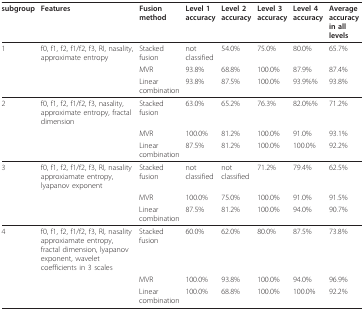
| subgroup | Features | Fusion method | Level 1 accuracy | Level 2 accuracy | Level 3 accuracy | Level 4 accuracy | Average accuracy in all levels |
 | --- | --- | --- | --- | --- | --- | --- | --- |
 | 1 | f0, f1, f2, f1/f2, f3, RI, nasality, approximate entropy | Stacked fusion | notclassified | 54.0% | 75.0% | 80.0% | 65.7% |
 |  |  | MVR | 93.8% | 68.8% | 100.0% | 87.9% | 87.4% |
 |  |  | Linear combination | 93.8% | 87.5% | 100.0% | 93.9%% | 93.8% |
 | 2 | f0, f1, f2, f1/f2, f3, nasality, approximate entropy, fractal dimension | Stacked fusion | 63.0% | 65.2% | 76.3% | 82.0%% | 71.2% |
 |  |  | MVR | 100.0% | 81.2% | 100.0% | 91.0% | 93.1% |
 |  |  | Linear combination | 87.5% | 81.2% | 100.0% | 100.0% | 92.2% |
 | 3 | f0, f1, f2, f1/f2, f3, RI, nasality approxiamate entropy, lyapanov exponent | Stacked fusion | not classified | not classified | 71.2% | 79.4% | 62.5% |
 |  |  | MVR | 100.0% | 75.0% | 100.0% | 91.0% | 91.5% |
 |  |  | Linear combination | 87.5% | 81.2% | 100.0% | 94.0% | 90.7% |
 | 4 | f0, f1, f2, f1/f2, f3, RI, nasality approxiamate entropy, fractal dimension, lyapanov exponent, wavelet coefficients in 3 scales | Stacked fusion | 60.0% | 62.0% | 80.0% | 87.5% | 73.8% |
 |  |  | MVR | 100.0% | 93.8% | 100.0% | 94.0% | 96.9% |
 |  |  | Linear combination | 100.0% | 68.8% | 100.0% | 100.0% | 92.2% |